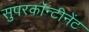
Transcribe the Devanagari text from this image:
सुपरकॉन्टीनेंट